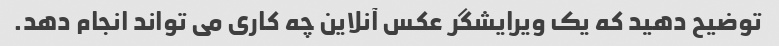
توضیح دهید که یک ویرایشگر عکس آنلاین چه کاری می تواند انجام دهد.